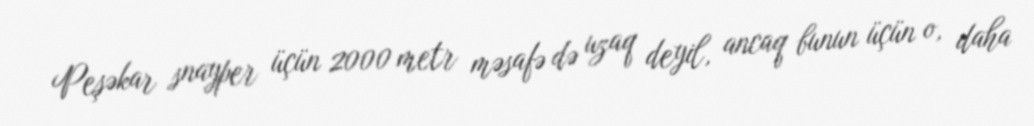
Peşəkar snayper üçün 2000 metr məsafə də uzaq deyil, ancaq bunun üçün o, daha